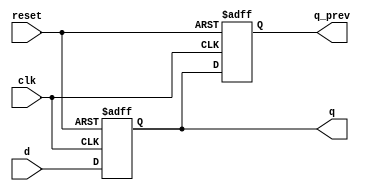
module flip_flop(
    input wire clk,
    input wire reset,
    input wire d,
    output reg q,
    output reg q_prev
);

reg q_next;

always @(posedge clk or posedge reset) begin
    if (reset) begin
        q <= 1'b0;
        q_prev <= 1'b0;
    end else begin
        q <= d;
        q_prev <= q;
    end
end

endmodule